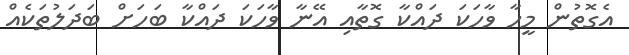
އެގޮތުން މީހާ ވާހަކަ ދައްކާ ގޮތާއި އޭނާ ވާހަކަ ދައްކާ ބަހަށް ބަދަލުތަކެއް